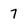
Character: 7